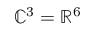
\mathbb { C } ^ { 3 } = \mathbb { R } ^ { 6 }